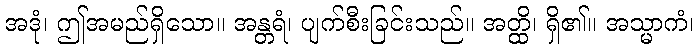
အဒုံ၊ ဤအမည်ရှိသော။ အန္တရံ၊ ပျက်စီးခြင်းသည်။ အတ္ထိ၊ ရှိ၏။ အသ္မာကံ၊